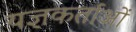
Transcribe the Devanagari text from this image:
यज्ञकर्ताओं